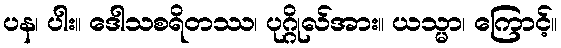
ပန၊ ပါး။ ဒေါသစရိတဿ၊ ပုဂ္ဂိုလ်အား။ ယသ္မာ၊ ကြောင့်။